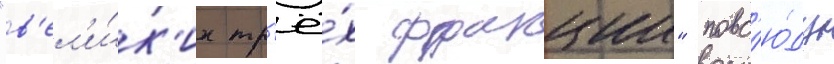
"в'ел'и́к'их тр'ё́х фракции" повс'ю́ду